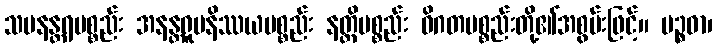
သမနန္တရပစ္စည်း အနန္တရူပနိဿယပစ္စည်း နတ္တိပစ္စည်း ဝိဂတပစ္စည်းတို့၏အစွမ်းဖြင့်။ ပဉ္စဓာ၊